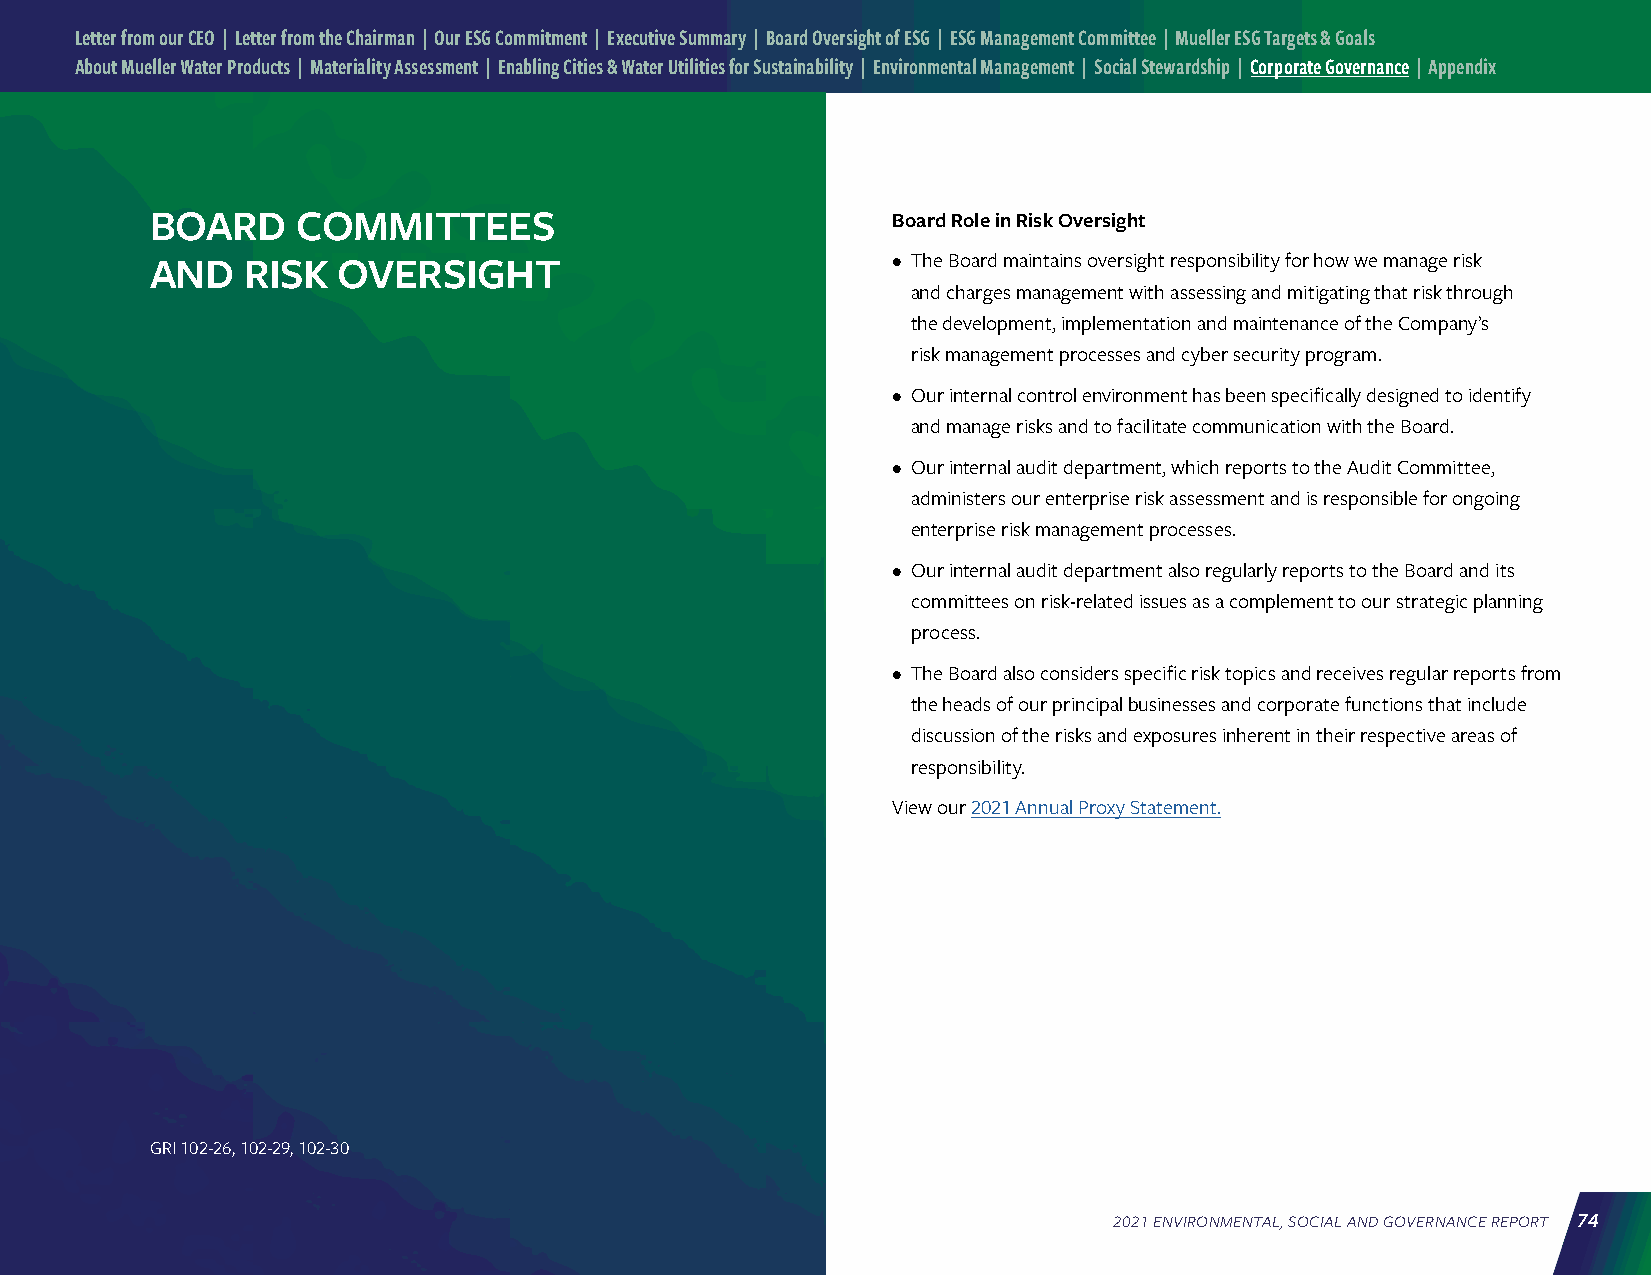
Letter from our CEO | Letter from the Chairman | Our ESG Commitment | Executive Summary | Board Oversight of ESG | ESG Management Committee | Mueller ESG Targets & Goals
 About Mueller Water Products | Materiality Assessment | Enabling Cities & Water Utilities for Sustainability | Environmental Management | Social Stewardship | Corporate Governance | Appendix
 BOARD     COMMITTEES                             Board Role in Risk Oversight
 AND   RISK  OVERSIGHT                            • The Board maintains oversight responsibility for how we manage risk
 and charges management with assessing and mitigating that risk through
 the development, implementation and maintenance of the Company’s
 risk management processes and cyber security program.
 • Our internal control environment has been specifically designed to identify
 and manage risks and to facilitate communication with the Board.
 • Our internal audit department, which reports to the Audit Committee,
 administers our enterprise risk assessment and is responsible for ongoing
 enterprise risk management processes.
 • Our internal audit department also regularly reports to the Board and its
 committees on risk-related issues as a complement to our strategic planning
 process.
 • The Board also considers specific risk topics and receives regular reports from
 the heads of our principal businesses and corporate functions that include
 discussion of the risks and exposures inherent in their respective areas of
 responsibility.
 View our 2021 Annual Proxy Statement.
 GRI 102-26, 102-29, 102-30
 2021 ENVIRONMENTAL, SOCIAL AND GOVERNANCE REPORT 74